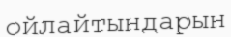
ойлайтындарын